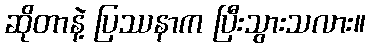
ဆိုတာနဲ့ ပြဿနာက ပြီးသွားသလား။